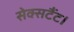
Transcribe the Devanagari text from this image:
सेक्सटैंट।